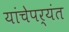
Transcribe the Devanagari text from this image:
यांचेपर्यंत